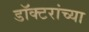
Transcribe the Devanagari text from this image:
डॉक्‍टरांच्या